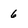
Character: 6